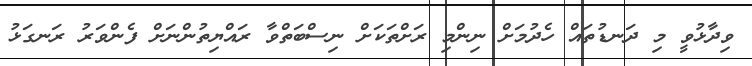
ވިދާޅުވީ މި ދަނޑުތައް ހެދުމަށް ނިންމި ރަށްތަކަށް ނިސްބަތްވާ ރައްޔިތުންނަށް ފެންވަރު ރަނގަޅު